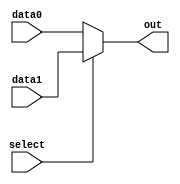
module mux_2to1(
    input data0,
    input data1,
    input select,
    output reg out
);

always @(*)
begin
    if(select == 1'b0)
        out = data0;
    else
        out = data1;
end

endmodule